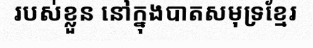
របស់ខ្លួន នៅក្នុងបាតសមុទ្រខ្មែរ